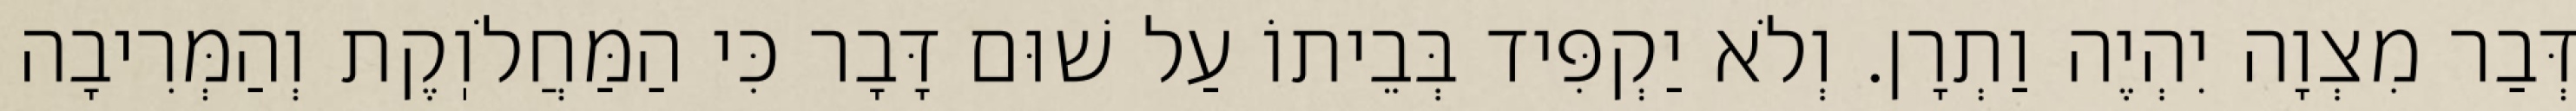
דְּבַר מִצְוָה יִהְיֶה וַתְרָן. וְלֹא יַקְפִּיד בְּבֵיתוֹ עַל שׁוּם דָּבָר כִּי הַמַּחֲלֹוֽקֶת וְהַמְּרִיבָה